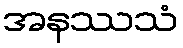
အနဿသံ